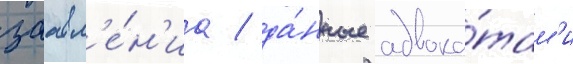
заавл'е́н'иа / да́нные адвока́там'и